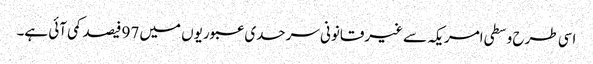
اسی طرح وسطی امریکہ سے غیرقانونی سرحدی عبوریوں میں 97 فیصد کمی آئی ہے۔